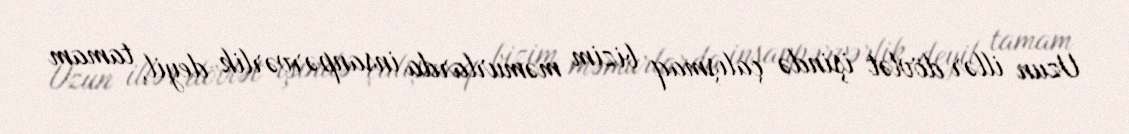
Uzun illər dövlət işində çalışmaq bizim məmurlarda insanpərvərlik deyil, tamam